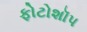
ફોટોશૉપ